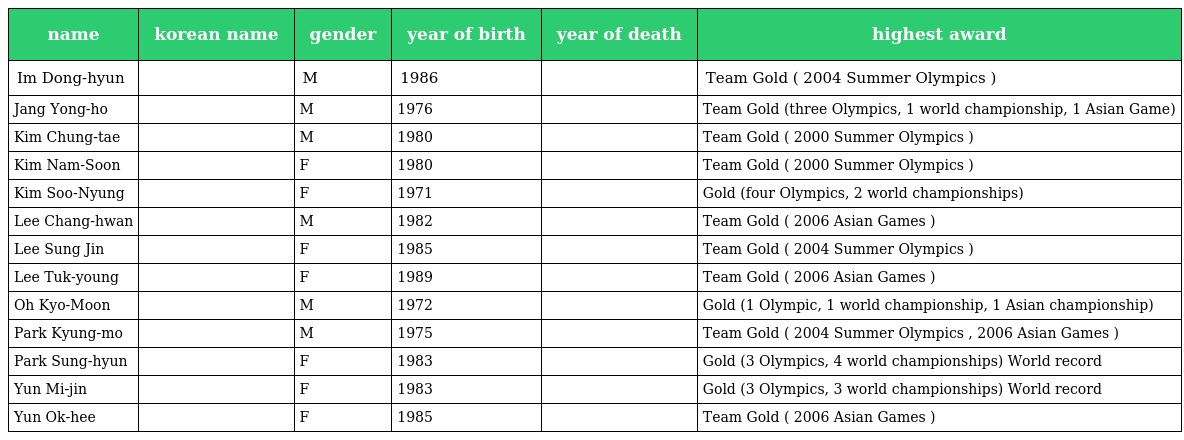
| name | korean name | gender | year of birth | year of death | highest award |
 | --- | --- | --- | --- | --- | --- |
 | Im Dong-hyun | 임동현 | M | 1986 |  | Team Gold ( 2004 Summer Olympics ) |
 | Jang Yong-ho | 장용호 | M | 1976 |  | Team Gold (three Olympics, 1 world championship, 1 Asian Game) |
 | Kim Chung-tae | 김청태 | M | 1980 |  | Team Gold ( 2000 Summer Olympics ) |
 | Kim Nam-Soon | 김남순 | F | 1980 |  | Team Gold ( 2000 Summer Olympics ) |
 | Kim Soo-Nyung | 김수녕 | F | 1971 |  | Gold (four Olympics, 2 world championships) |
 | Lee Chang-hwan | 이창환 | M | 1982 |  | Team Gold ( 2006 Asian Games ) |
 | Lee Sung Jin | 이성진 | F | 1985 |  | Team Gold ( 2004 Summer Olympics ) |
 | Lee Tuk-young | 이특영 | F | 1989 |  | Team Gold ( 2006 Asian Games ) |
 | Oh Kyo-Moon | 오교문 | M | 1972 |  | Gold (1 Olympic, 1 world championship, 1 Asian championship) |
 | Park Kyung-mo | 박경모 | M | 1975 |  | Team Gold ( 2004 Summer Olympics , 2006 Asian Games ) |
 | Park Sung-hyun | 박성현 | F | 1983 |  | Gold (3 Olympics, 4 world championships) World record |
 | Yun Mi-jin | 윤미진 | F | 1983 |  | Gold (3 Olympics, 3 world championships) World record |
 | Yun Ok-hee | 윤옥희 | F | 1985 |  | Team Gold ( 2006 Asian Games ) |